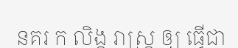
នគរ ក លិង្គ រាស្ត្រ ឲ្យ ធ្វើជា